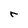
Character: r